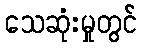
သေဆုံးမှုတွင်